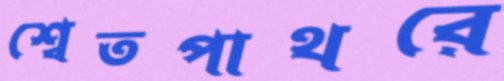
শ্বেতপাথরে